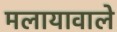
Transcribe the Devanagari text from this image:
मलायावाले